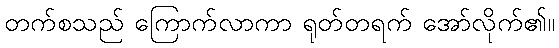
တက်စသည် ကြောက်လာကာ ရုတ်တရက် အော်လိုက်၏။